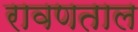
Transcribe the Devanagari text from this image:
रावणताल